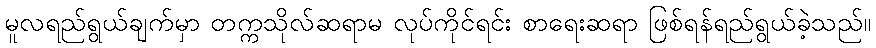
မူလရည်ရွယ်ချက်မှာ တက္ကသိုလ်ဆရာမ လုပ်ကိုင်ရင်း စာရေးဆရာ ဖြစ်ရန်ရည်ရွယ်ခဲ့သည်။